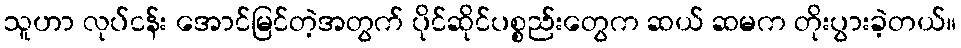
သူဟာ လုပ်ငန်း အောင်မြင်တဲ့အတွက် ပိုင်ဆိုင်ပစ္စည်းတွေက ဆယ် ဆမက တိုးပွားခဲ့တယ်။